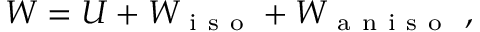
\begin{array} { r } { W = U + W _ { \mathrm { ~ i ~ s ~ o ~ } } + W _ { \mathrm { ~ a ~ n ~ i ~ s ~ o ~ } } \mathrm { ~ , ~ } } \end{array}